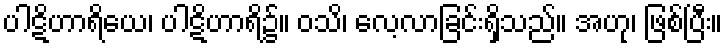
ပါဋိဟာရိယေ၊ ပါဋိဟာရိ၌။ ဝသိ၊ လေ့လာခြင်းရှိသည်။ အဟု၊ ဖြစ်ပြီး။